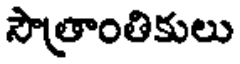
సౌత్రాంతికులు